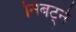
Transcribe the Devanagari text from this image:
निबट्ने